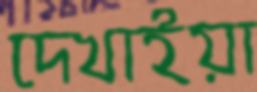
দেখাইয়া